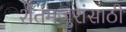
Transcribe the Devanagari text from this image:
शेतमजुरांसाठी